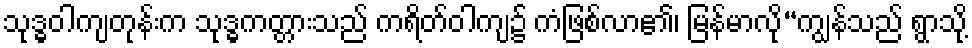
သုဒ္ဓဝါကျတုန်းက သုဒ္ဓကတ္တားသည် ကရိတ်ဝါကျ၌ ကံဖြစ်လာ၏၊ မြန်မာလို“ကျွန်သည် ရွာသို့